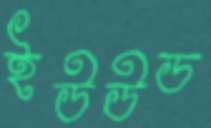
ইউউড